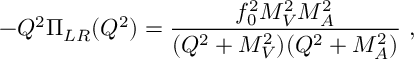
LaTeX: - Q ^ { 2 } \Pi _ { L R } ( Q ^ { 2 } ) = \frac { f _ { 0 } ^ { 2 } M _ { V } ^ { 2 } M _ { A } ^ { 2 } } { ( Q ^ { 2 } + M _ { V } ^ { 2 } ) ( Q ^ { 2 } + M _ { A } ^ { 2 } ) } \ ,